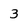
Character: 3